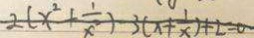
2 ( x ^ { 2 } + \frac { 1 } { x ^ { 2 } } ) - 3 ( x + \frac { 1 } { x } ) + 2 = 0